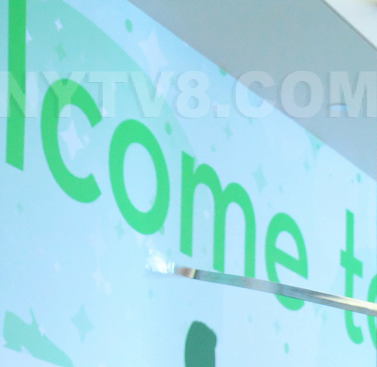
COME t